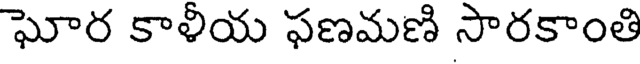
ఘోర కాళీయ ఫణమణి సారకాంతి